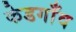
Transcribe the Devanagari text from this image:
केडगाँव